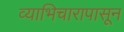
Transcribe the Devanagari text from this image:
व्याभिचारापासून